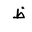
Letter: _za